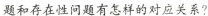
题和存在性问题有怎样的对应关系?